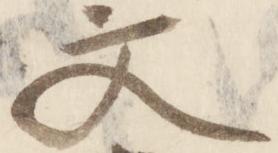
文